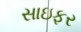
સાઇફર